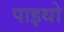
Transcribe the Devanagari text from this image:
पाइथो